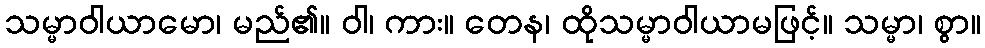
သမ္မာဝါယာမော၊ မည်၏။ ဝါ၊ ကား။ တေန၊ ထိုသမ္မာဝါယာမဖြင့်။ သမ္မာ၊ စွာ။